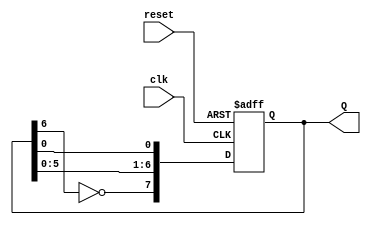
module johnson_counter (
    input wire clk,          // Clock input
    input wire reset,        // Asynchronous reset input
    output reg [7:0] Q       // 8-bit output representing the current state
);

    // Always block for synchronous operation
    always @(posedge clk or posedge reset) begin
        if (reset) begin
            Q <= 8'b00000000; // Initialize to zero state on reset
        end else begin
            Q[7] <= ~Q[6];    // Feedback from Q7 inverted to D0
            Q[6:1] <= Q[5:0]; // Shift the current state to the right
        end
    end

endmodule